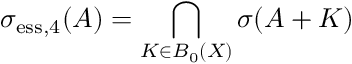
\sigma _ { \mathrm { e s s } , 4 } ( A ) = \bigcap _ { K \in B _ { 0 } ( X ) } \sigma ( A + K )